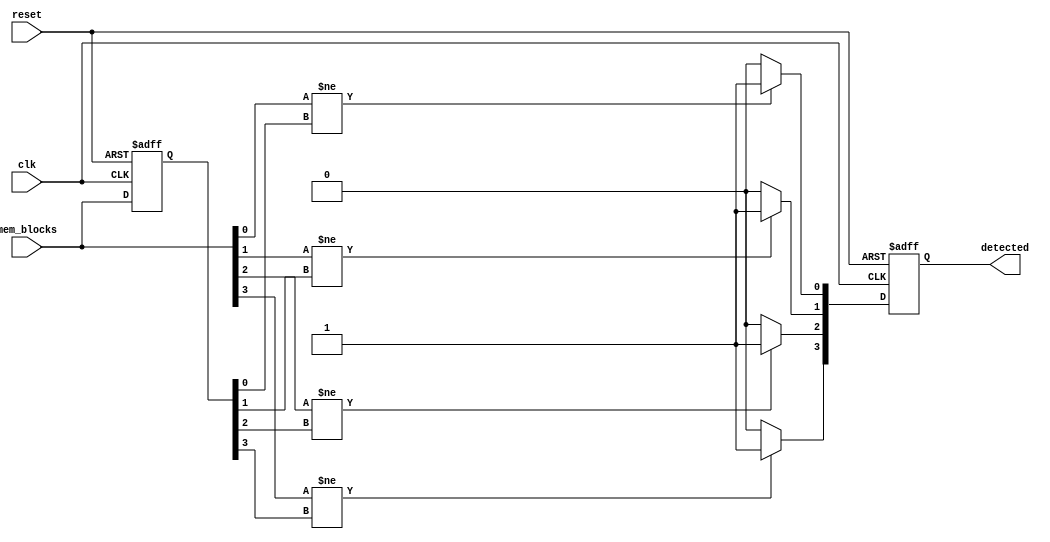
module flip_flop_detector #(
    parameter NUM_BLOCKS = 4, // Number of memory blocks
    parameter WIDTH = 1        // Width of state signals (1 for binary)
)(
    input wire clk,                     // Clock signal
    input wire reset,                   // Reset signal
    input wire [NUM_BLOCKS*WIDTH-1:0] mem_blocks, // Memory block states
    output reg [NUM_BLOCKS-1:0] detected // Detected flip-flops
);

    // Internal storage for previous states
    reg [NUM_BLOCKS*WIDTH-1:0] prev_states;

    // Detection logic
    integer i;
    always @(posedge clk or posedge reset) begin
        if (reset) begin
            detected <= {NUM_BLOCKS{1'b0}};
            prev_states <= {NUM_BLOCKS*WIDTH{1'b0}};
        end else begin
            // Check for state changes
            for (i = 0; i < NUM_BLOCKS; i = i + 1) begin
                // Compare current state with the previous state
                if (mem_blocks[WIDTH*i +: WIDTH] != prev_states[WIDTH*i +: WIDTH]) begin
                    detected[i] <= 1'b1; // Flip-flop detected
                end else begin
                    detected[i] <= 1'b0; // No flip-flop detected
                end
                // Update previous state
                prev_states[WIDTH*i +: WIDTH] <= mem_blocks[WIDTH*i +: WIDTH];
            end
        end
    end

endmodule